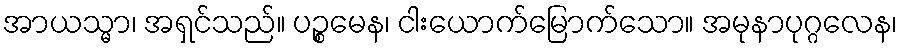
အာယသ္မာ၊ အရှင်သည်။ ပဉ္စမေန၊ ငါးယောက်မြောက်သော။ အမုနာပုဂ္ဂလေန၊